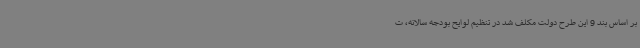
بر اساس بند 9 این طرح دولت مکلف شد در تنظیم لوایح بودجه سالانه، ت